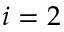
i = 2